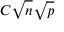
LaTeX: C { \sqrt { n } } { \sqrt { p } }